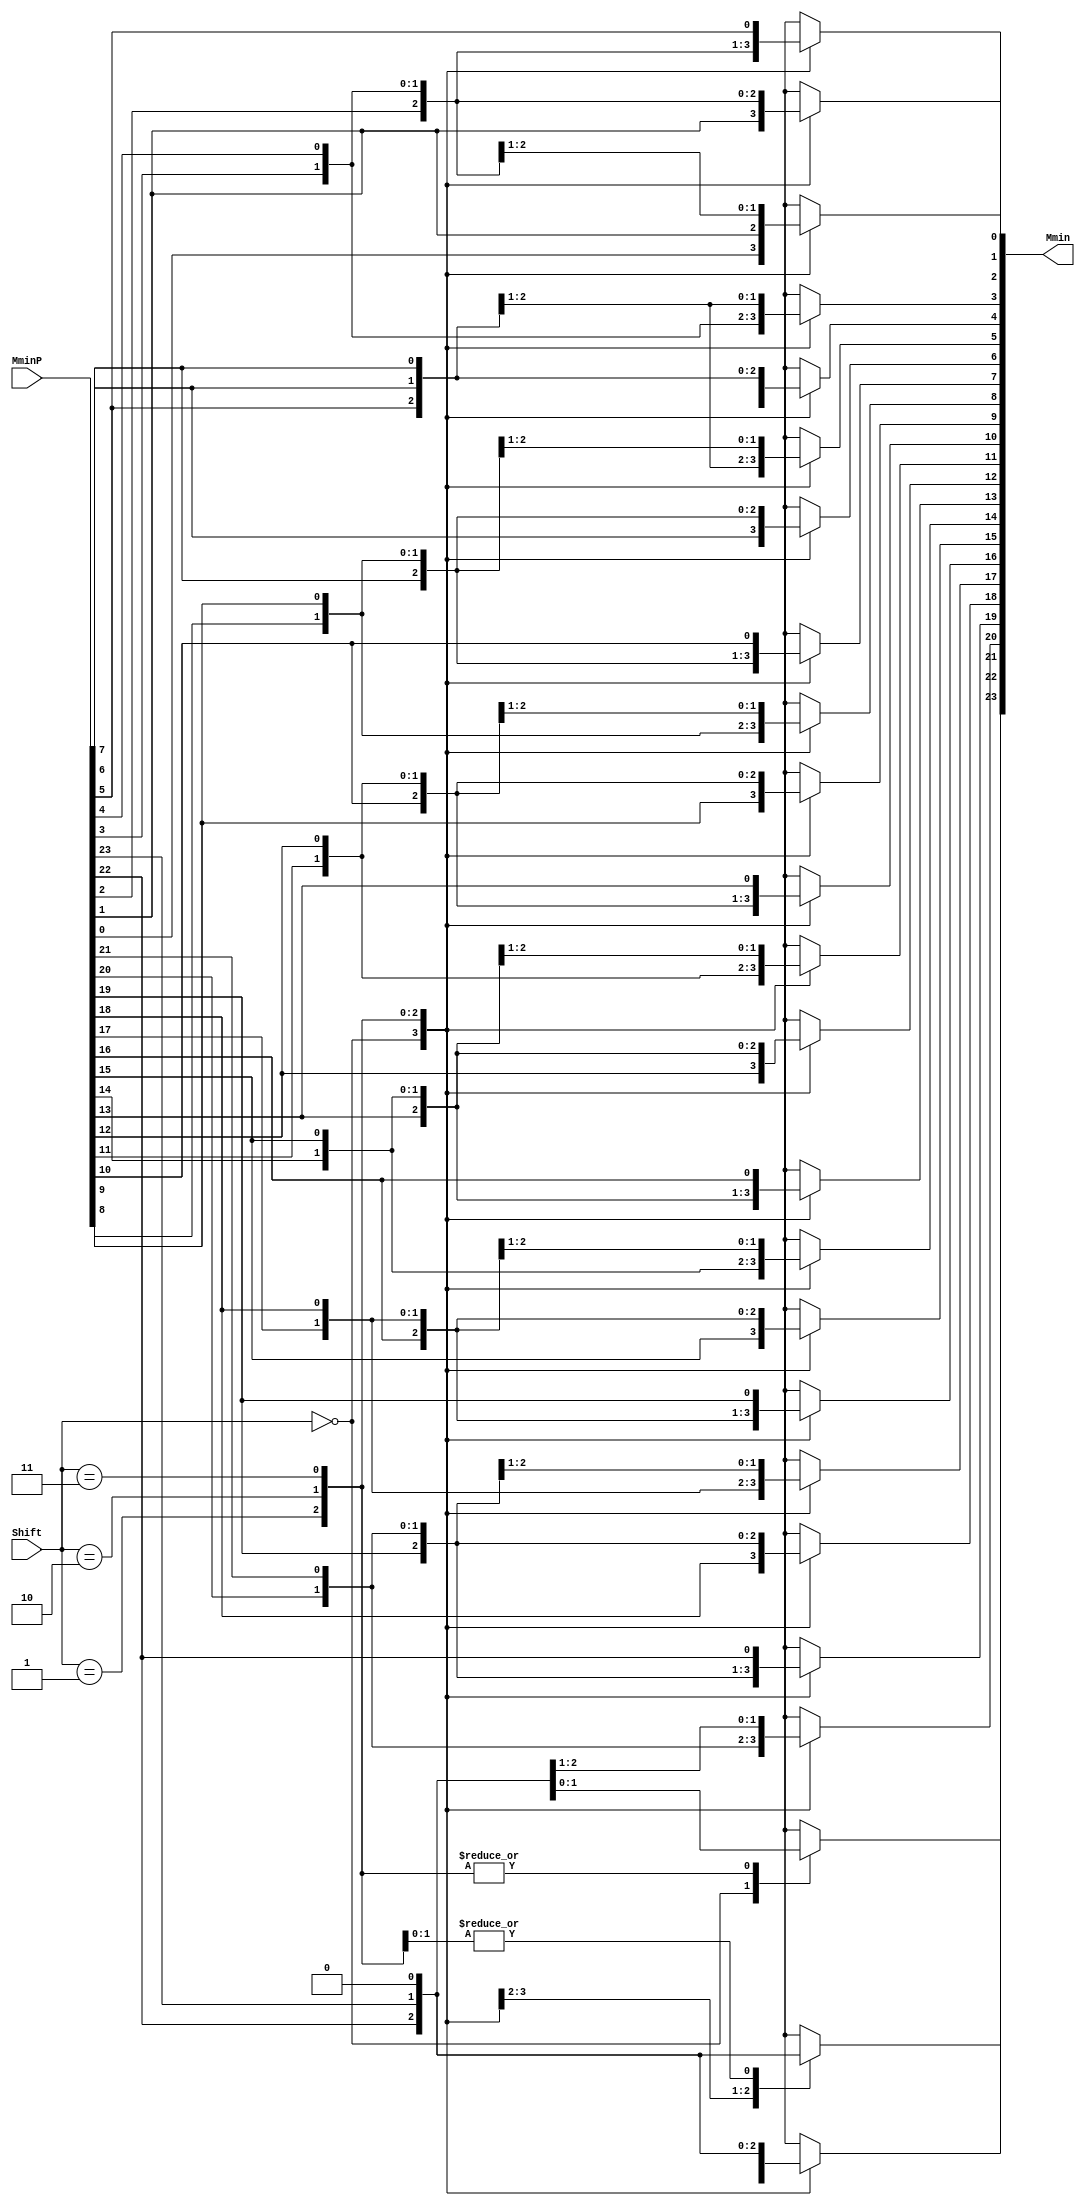
`timescale 1ns / 1ps
//////////////////////////////////////////////////////////////////////////////////
//
// Module Name:    FPAddSub_AlignShift2
// Project Name: 	 Floating Point Project
//
// Description:	 Alignment shift stage 2, performs 3|2|1 shift
//
//////////////////////////////////////////////////////////////////////////////////

module FPAddSub_AlignShift2(
		MminP,
		Shift,
		Mmin
	);
	
	// Input ports
	input [23:0] MminP ;						// Smaller mantissa after 16|12|8|4 shift
	input [1:0] Shift ;						// Shift amount
	
	// Output ports
	output [23:0] Mmin ;						// The smaller mantissa
	
	// Internal Signal
	reg	  [23:0]		Lvl3 = 0;
	wire    [47:0]    Stage2;	
	integer           j;               // Loop variable
	
	assign Stage2 = {MminP, MminP};

	always @(*) begin    // Rotate {0 | 1 | 2 | 3} bits
	  case (Shift[1:0])
			// Rotate by 0
			2'b00:  Lvl3 <= Stage2[23:0];   
			// Rotate by 1
			2'b01:  begin for (j=0; j<=23; j=j+1)  begin Lvl3[j] <= Stage2[j+1]; end Lvl3[23] <= 0; end 
			// Rotate by 2
			2'b10:  begin for (j=0; j<=23; j=j+1)  begin Lvl3[j] <= Stage2[j+2]; end Lvl3[23:22] <= 0; end 
			// Rotate by 3
			2'b11:  begin for (j=0; j<=23; j=j+1)  begin Lvl3[j] <= Stage2[j+3]; end Lvl3[23:21] <= 0; end 	  
	  endcase
	end
	
	// Assign output
	assign Mmin = Lvl3;						// Take out smaller mantissa				

endmodule